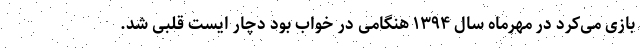
بازی می‌کرد در مهرماه سال ۱۳۹۴ هنگامی در خواب بود دچار ایست قلبی شد.